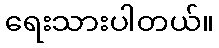
ရေးသားပါတယ်။